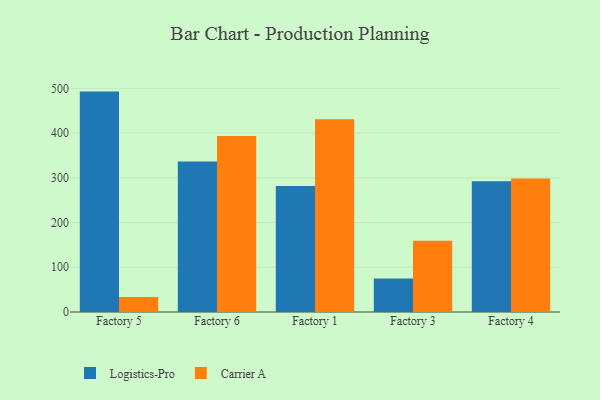
{"axis": {"x": "Factory", "y": "Satisfaction Score"}, "legend": ["Carrier A", "Logistics-Pro"], "data": [{"x": "Factory 5", "y": 492.8, "type": "Logistics-Pro"}, {"x": "Factory 5", "y": 33.8, "type": "Carrier A"}, {"x": "Factory 6", "y": 336.6, "type": "Logistics-Pro"}, {"x": "Factory 6", "y": 393.8, "type": "Carrier A"}, {"x": "Factory 1", "y": 281.8, "type": "Logistics-Pro"}, {"x": "Factory 1", "y": 431.1, "type": "Carrier A"}, {"x": "Factory 3", "y": 75.0, "type": "Logistics-Pro"}, {"x": "Factory 3", "y": 159.4, "type": "Carrier A"}, {"x": "Factory 4", "y": 292.4, "type": "Logistics-Pro"}, {"x": "Factory 4", "y": 298.7, "type": "Carrier A"}]}